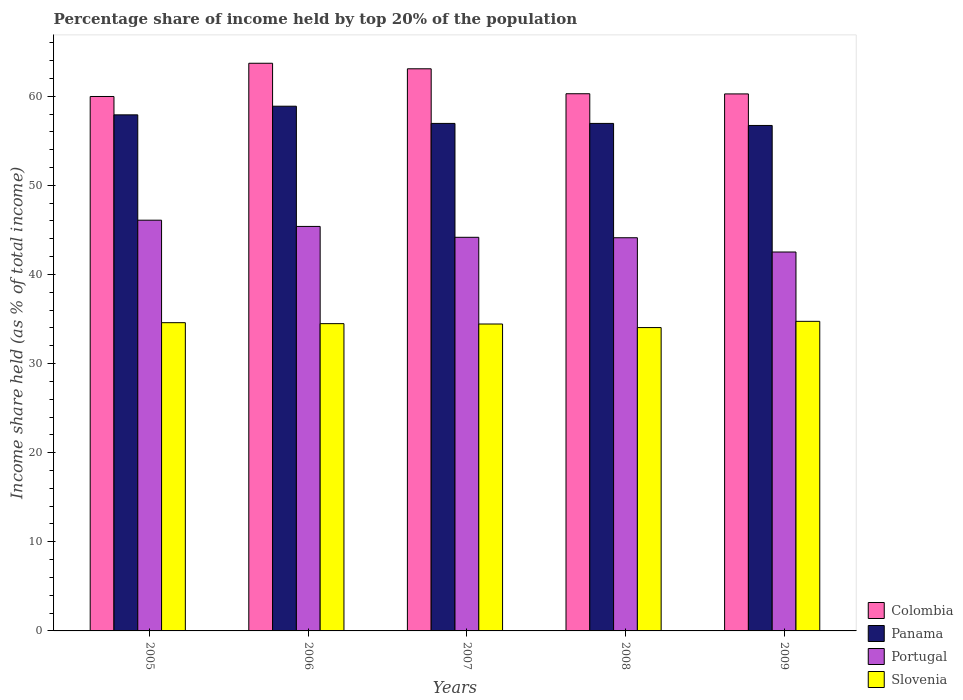
| Years | Colombia | Panama | Portugal | Slovenia |
 | --- | --- | --- | --- | --- |
 | 2005 | 60 | 57.9 | 46.1 | 34.6 |
 | 2006 | 63.7 | 58.9 | 45.4 | 34.5 |
 | 2007 | 63.1 | 57 | 44.2 | 34.4 |
 | 2008 | 60.3 | 57 | 44.1 | 34 |
 | 2009 | 60.3 | 56.7 | 42.5 | 34.7 |